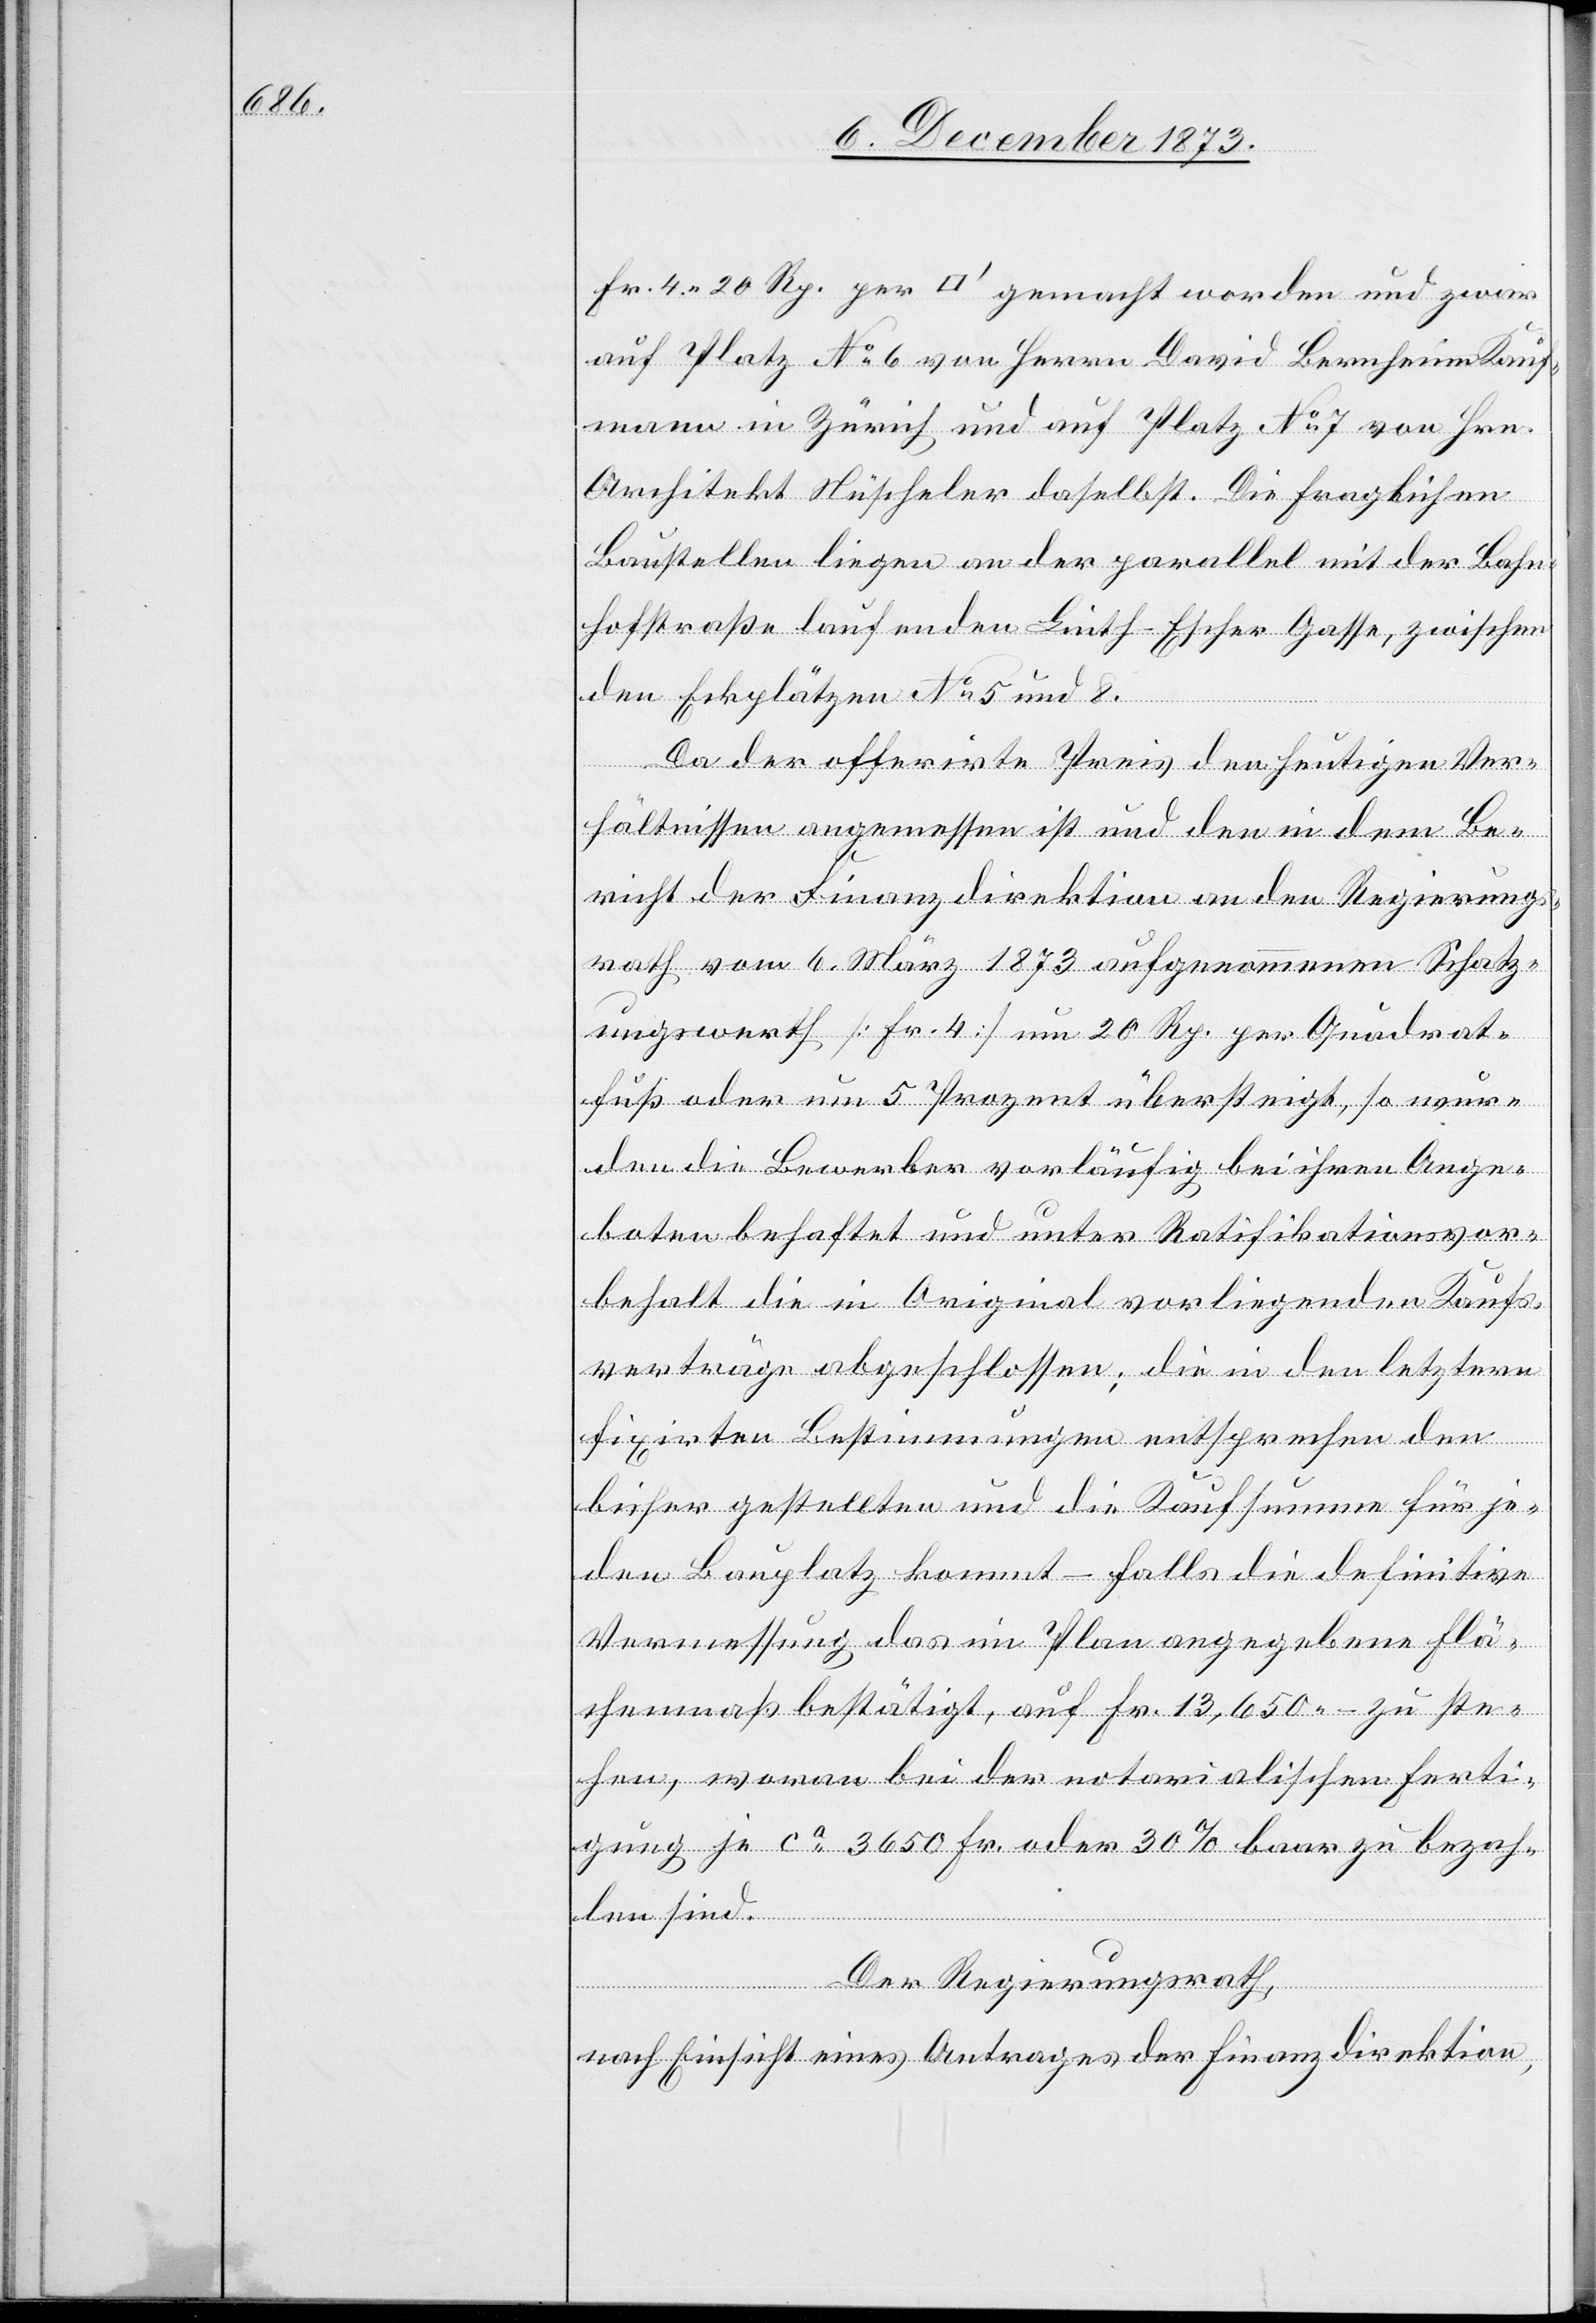
Fr. 4 20 Rp. per [Quadratfuss] gemacht worden und zwar
auf Platz No 6 von Herrn David Bernheim Kauf¬
mann in Zürich und auf Platz No 7 von Hrn.
Architekt Nüscheler daselbst. Die fraglichen
Baustellen liegen an der parallel mit der Bahn¬
hofstraße laufenden Linth-Escher Gasse, zwischen
den Eckplätzen No 5 und 8.
Da der offerirte Preis den heutigen Ver¬
hältnissen angemessen ist und den in dem Be¬
richt der Finanzdirektion an den Regierungs¬
rath vom 6. März 1873 aufgenommenen Schatz¬
ungswerth [Fr. 4] um 20 Rp. per Quadrat¬
fuß oder um 5 Prozent übersteigt, so wur¬
den die Bewerber vorläufig bei ihren Ange¬
boten behaftet und unter Ratifikationsvor¬
behalt die in Original vorliegenden Kaufs¬
verträge abgeschlossen; die in den letztern
fixirten Bestimmungen entsprechen den
bisher gestellten und die Kaufsumme für je¬
den Bauplatz kommt – falls die definitive
Vermessung das im Plan angegebene Flä¬
chenmaß bestätigt, auf Fr. 13,650 – zu ste¬
hen, woran bei der notarialischen Ferti¬
gung je ca 3 650 Fr. oder 30% baar zu bezah¬
len sind.
Der Regierungsrath,
nach Einsicht eines Antrages der Finanzdirektion,